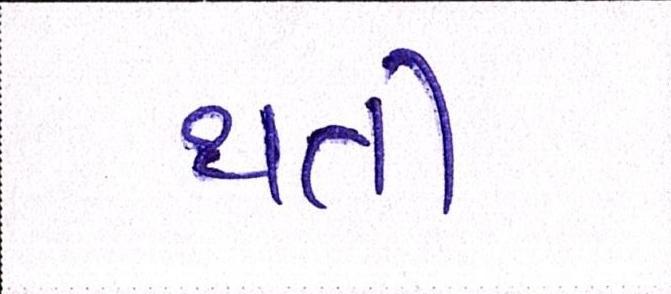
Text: થતી